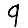
Digit: 9